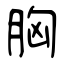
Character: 胸